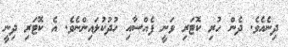
ދިނެއެވެ. ދެން ހުރި ކޮޓަރި ވަނީ ފެއްސާއި ހުދުކުލައިންނެވެ. އެ ކޮޓަރި ދިނީ